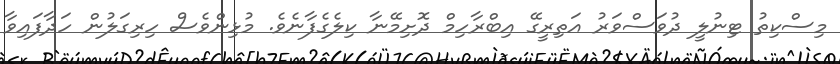
މިސްކިތު ޓިނުލީ ދުވަސްވަރު އަތިރީގޭ އިބްރާހިމް ދޮށިމޭނާ ކިލެގެފާނެވެ. މުޅިންވެސް ހިރިގަލުން ހަދާފައިވާ